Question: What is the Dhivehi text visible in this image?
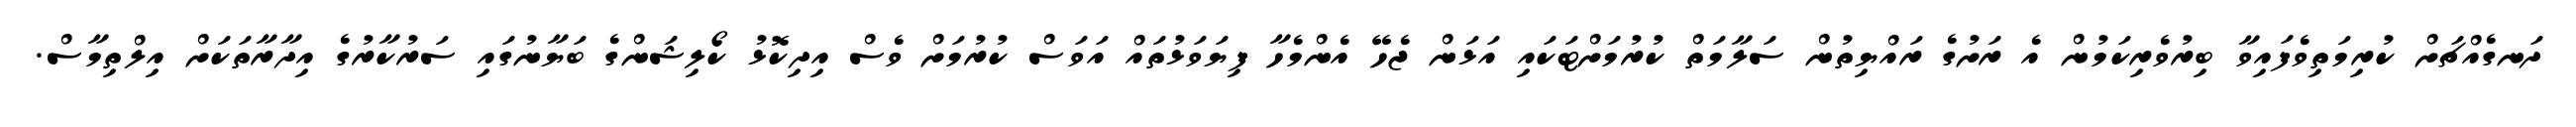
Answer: ދަނގެއްޗަށް ކުރިމަތިވެފައިވާ ބިރުވެރިކަމުން އެ ރަށުގެ ރައްޔިތުން ސަލާމަތް ކުރުމަށްޓަކައި އަޅަން ޖެހޭ އެންމެހާ ފިޔަވަޅުތައް އަވަސް ކުރުމަށް ވެސް އިދިކޮޅު ކޯލިޝަންގެ ބަޔާނުގައި ސަރުކާރުގެ އިދާރާތަކަށް އިލްތިމާސް.